Report on the working of the Ranchi Indian Mental Hospital, Kanke, in Bihar and Orissa - 1930-1940
Year: 1930
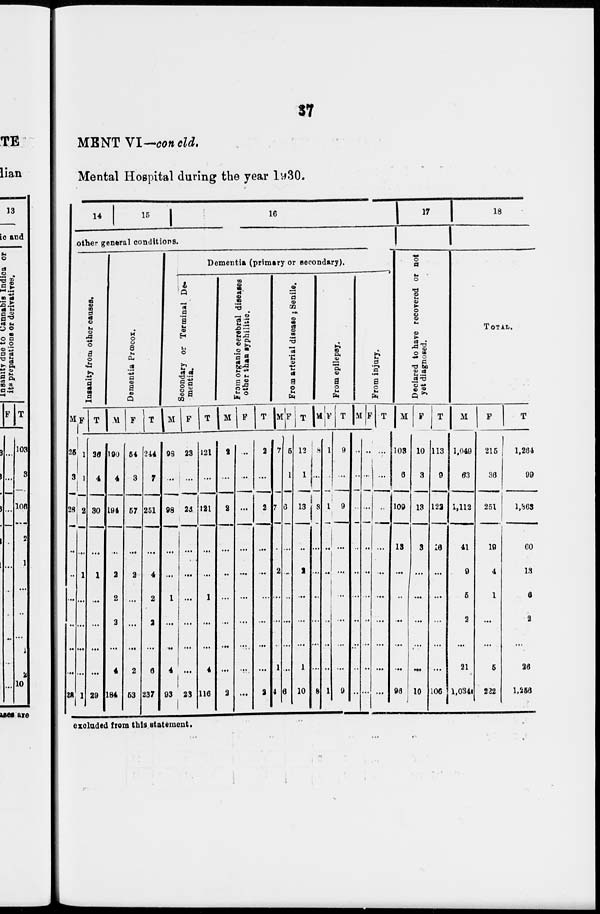
37
MENT VI— concld.
Mental Hospital during the year 1930.
14
15
16
other general conditions.
Insanity from other causes.
M
25
3
28
...
...
...
...
...
...
28
F
11
1
2
...
1
...
...
...
...
1
T
36
4
30
...
1
...
...
...
...
29
Dementia Prœcox.
M
190
4
194
...
2
2
2
...
4
184
F
54
3
57
...
2
...
...
...
2
53
T
244
7
251
...
4
2
2
...
6
237
Dementia (primary or secondary).
Secondary or Terminal De-
mentia.
M
98
...
98
...
...
1
...
...
4
93
F
23
...
23
...
...
...
...
...
...
23
T
121
...
121
...
...
1
...
...
4
116
From organic cerebral diseases
other than syphilitic.
M
2
...
2
...
...
...
...
...
...
2
F
...
...
...
...
...
...
...
...
...
...
T
2
...
2
...
...
...
...
...
...
2
From arterial disease ; Senile.
M
7
...
7
...
2
...
...
...
1
4
F
5
1
6
...
...
...
...
...
...
6
T
12
1
13
...
2
...
...
...
1
10
From epilepsy.
M
8
...
8
...
...
...
...
...
...
8
F
1
...
1
...
...
...
...
...
...
1
T
9
...
9
...
...
...
...
...
...
9
From injury.
M
...
...
...
...
...
...
...
...
...
...
F
...
...
...
...
...
...
...
...
...
...
T
...
...
...
...
...
...
...
...
...
...
17
Declared to have recovered or not
yet diagnosed.
M
103
6
109
13
...
...
...
...
...
96
F
10
3
13
3
...
...
...
...
...
10
T
113
9
122
16
...
...
...
...
...
106
18
TOTAL.
M
1,049
63
1,112
41
9
5
2
...
21
1,034
F
215
36
251
19
4
1
...
...
5
222
T
1,264
99
1,363
60
13
6
2
...
26
1,256
excluded from this statement.